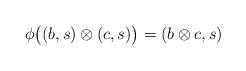
LaTeX: \begin{align*}\phi\bigl((b,s)\otimes (c,s)\bigr)=(b\otimes c,s)\end{align*}